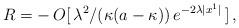
LaTeX: \begin{align*}\:R = -\,O[\,\lambda^2 /(\kappa(a-\kappa))\,e^{-2\lambda|x^1 |}\,] \,,\:\end{align*}